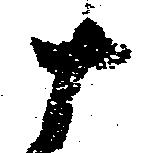
十